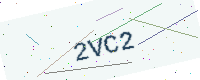
Text: 2VC2